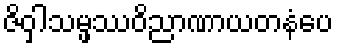
ဇိဝှါသမ္ဖဿဝိညာဏာယတနံပေ